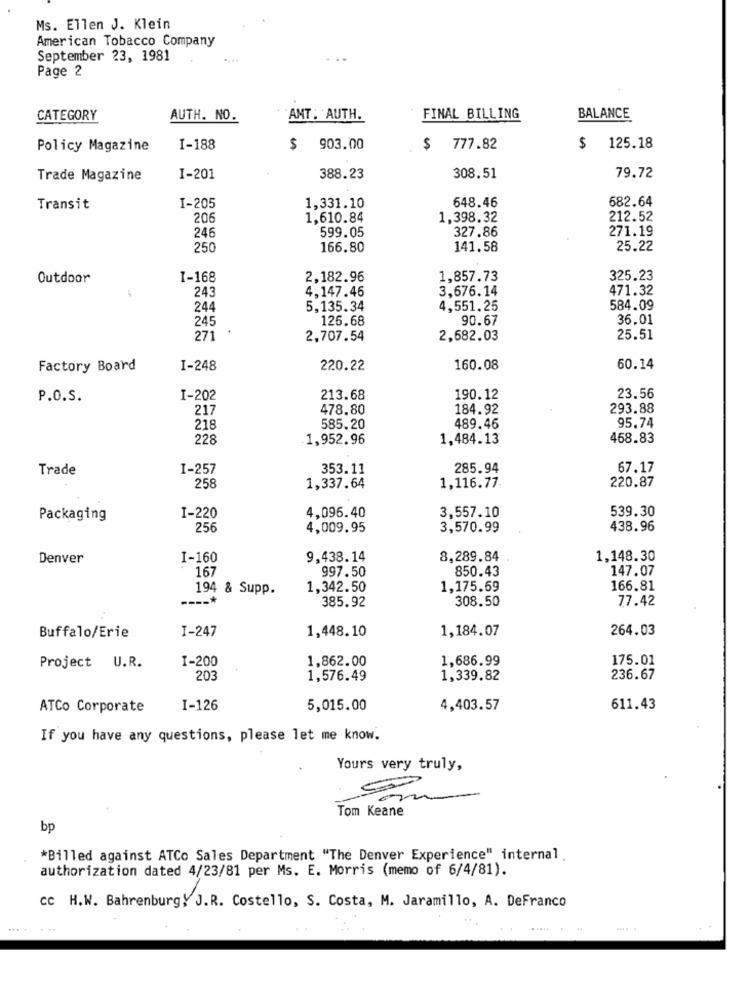
Ms. Ellen J. Klein
American Tobacco Company
September 23, 1981
Page 2
CATEGORY
AUTH. NO.
AMT : AUTH.
FINAL BILLING
BALANCE
Policy Magazine
I-188
$ 903.00
$ 777.82
$
125.18
Trade Magazine
I-201
388.23
308.51
79.72
648.46
682.64
Transit
I-205
1,331.10
206
1,610.84
1,398.32
212.52
246
599.05
327.86
271.19
250
166.80
141.58
25.22
Outdoor
I-168
2,182.96
1,857.73
325.23
-
243
4,147.46
3,676.14
471.32
244
5,135.34
4,551.25
584.09
245
126.68
90.67
36.01
271
2,707.54
2,682.03
25.51
Factory Board
I-248
220.22
160.08
60.14
P.O.S.
I-202
213.68
190.12
23.56
217
478.80
184.92
293.88
95.74
218
585.20
489.46
228
1,952.96
1,484.13
468.83
Trade
I-257
353.11
285.94
67.17
258
1,337.64
1,116.77.
220.87
I-220
4,096.40
539.30
Packaging
3,557.10
256
4,009.95
3,570.99
438.96
Denver
I-160
9,438.14
8,289.84
1,148.30
167
997.50
850.43
147.07
194 & Supp.
1,342.50
1,175.59
166.81
----*
385.92
308.50
77.42
I-247
1,448.10
1,184.07
264.03
Buffalo/Erie
I-200
1,862.00
1,686.99
175.01
Project U.R.
203
1,576.49
1,339.82
236.67
ATCo Corporate
I-126
5,015.00
4,403.57
611.43
If you have any questions, please let me know.
Yours very truly,
5
Tom Keane
bp
*Billed against ATCo Sales Department "The Denver Experience" internal
authorization dated 4/23/81 per Ms. E. Morris (memo of 6/4/81).
cc H.W. Bahrenburg, J.R. Costello, S. Costa, M. Jaramillo, A. DeFranco
. ..